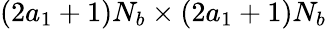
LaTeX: (2a_{1}+1)N_{b}\times(2a_{1}+1)N_{b}